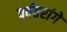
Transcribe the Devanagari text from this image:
पर्वतरांगे